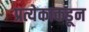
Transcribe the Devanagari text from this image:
प्रत्येकाकडून